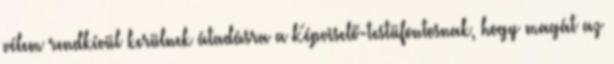
vélem rendkívül kerülnek átadásra a Képviselő-testüfontosnak, hogy magát az